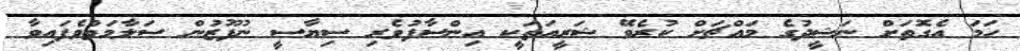
ހަމަ އެގޮތަށް ނަޝީދުގެ މައްޗަށް ކުރެވޭ ޝަރީއަތަކީ އިންސާފުވެރި ސިޔާސީ ނުފޫޒުން ސަލާމަތްވެފައިވާ